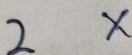
2 x